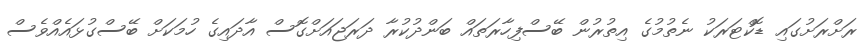
ރަށްރަށުގައި ޑޮކްޓަރަކު ނެތުމުގެ އިތުރުން ބޭސްފިހާރަތައް ބަންދުކުރާ ދަރަޖައަށްގޮސް އާދައިގެ ހުމަކަށް ބޭސްގުޅައެއްވެސް